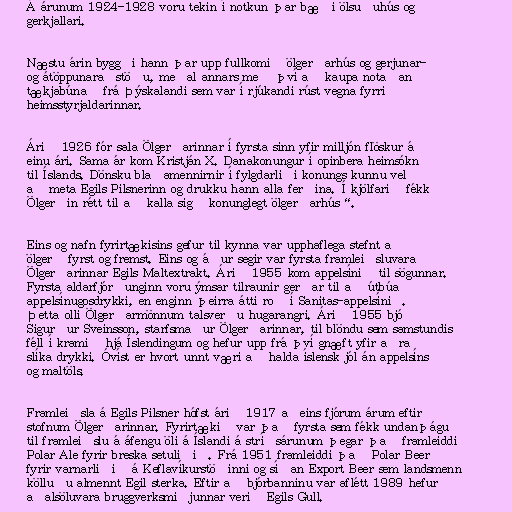
Á árunum 1924-1928 voru tekin í notkun þar bæði ölsuðuhús og
gerkjallari.

Næstu árin byggði hann þar upp fullkomið ölgerðarhús og gerjunar-
og átöppunaraðstöðu, meðal annars með því að kaupa notaðan
tækjabúnað frá Þýskalandi sem var í rjúkandi rúst vegna fyrri
heimsstyrjaldarinnar.

Árið 1926 fór sala Ölgerðarinnar í fyrsta sinn yfir milljón flöskur á
einu ári. Sama ár kom Kristján X. Danakonungur í opinbera heimsókn
til Íslands. Dönsku blaðamennirnir í fylgdarliði konungs kunnu vel
að meta Egils Pilsnerinn og drukku hann alla ferðina. Í kjölfarið fékk
Ölgerðin rétt til að kalla sig „konunglegt ölgerðarhús“.

Eins og nafn fyrirtækisins gefur til kynna var upphaflega stefnt að
ölgerð fyrst og fremst. Eins og áður segir var fyrsta framleiðsluvara
Ölgerðarinnar Egils Maltextrakt. Árið 1955 kom appelsínið til sögunnar.
Fyrsta aldarfjórðunginn voru ýmsar tilraunir gerðar til að útbúa
appelsínugosdrykki, en enginn þeirra átti roð í Sanitas-appelsínið.
Þetta olli Ölgerðarmönnum talsverðu hugarangri. Árið 1955 bjó
Sigurður Sveinsson, starfsmaður Ölgerðarinnar, til blöndu sem samstundis
féll í kramið hjá Íslendingum og hefur upp frá því gnæft yfir aðra
slíka drykki. Óvíst er hvort unnt væri að halda íslensk jól án appelsíns
og maltöls.

Framleiðsla á Egils Pilsner hófst árið 1917 aðeins fjórum árum eftir
stofnum Ölgerðarinnar. Fyrirtækið var það fyrsta sem fékk undanþágu
til framleiðslu á áfengu öli á Íslandi á stríðsárunum þegar það framleiddi
Polar Ale fyrir breska setuliðið. Frá 1951 framleiddi það Polar Beer
fyrir varnarliðið á Keflavíkurstöðinni og síðan Export Beer sem landsmenn
kölluðu almennt Egil sterka. Eftir að bjórbanninu var aflétt 1989 hefur
aðalsöluvara bruggverksmiðjunnar verið Egils Gull.